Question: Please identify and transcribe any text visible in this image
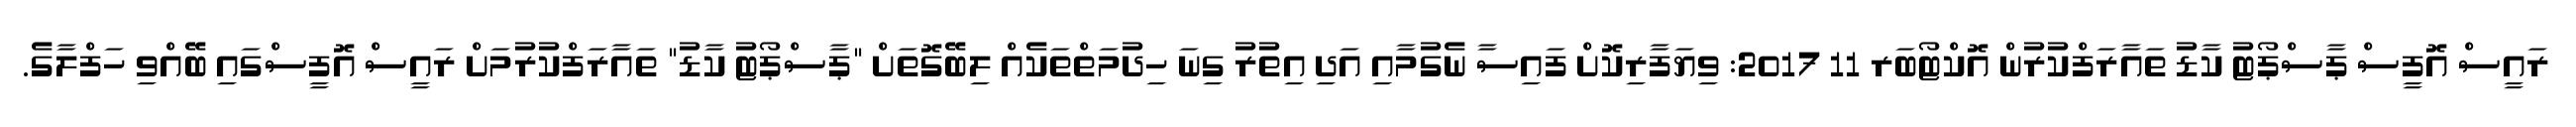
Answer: ރައީސް އޮފީސް ޕާސްޕޯޓު ކާޑު ތައާރަފްކުރުން އޮކްޓޯބަރ 11 2017: ވިޔަފާރިކޮށް ފައިސާ ނެގުމާއި އަދި އިތުރު ގިނަ ހިދުމަތްތަކެއް ލިބޭގޮތަށް "ޕާސްޕޯޓު ކާޑު" ތައާރަފްކުރުމަށް ރައީސް އޮފީސްގައި ބޭއްވި ހަފްލާގެ.